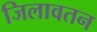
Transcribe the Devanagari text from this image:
जिलावतन